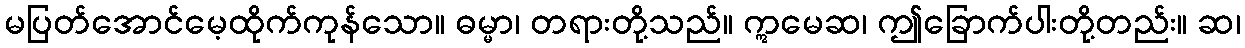
မပြတ်အောင်မေ့ထိုက်ကုန်သော။ ဓမ္မာ၊ တရားတို့သည်။ ဣမေဆ၊ ဤခြောက်ပါးတို့တည်း။ ဆ၊